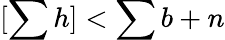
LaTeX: [\sum h]<\sum b+n